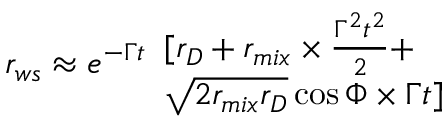
r _ { w s } \approx e ^ { - \Gamma t } \begin{array} { l } { { [ r _ { D } + r _ { m i x } \times \frac { \Gamma ^ { 2 } t ^ { 2 } } { 2 } + } } \\ { { \sqrt { 2 r _ { m i x } r _ { D } } \cos { \Phi } \times \Gamma t ] } } \end{array}